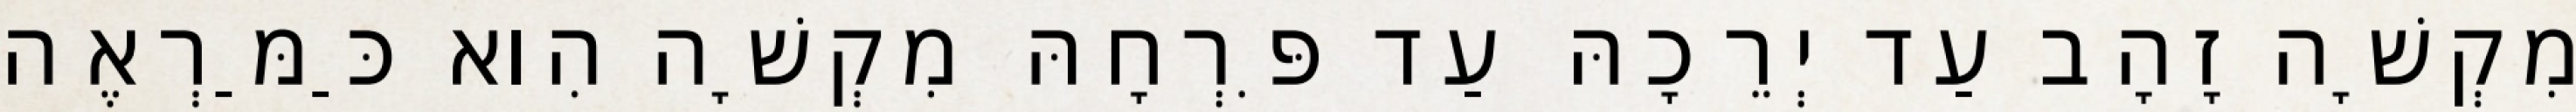
מִקְשָׁה זָהָב עַד יְרֵכָהּ עַד פִּרְחָהּ מִקְשָׁה הִוא כַּמַּרְאֶה